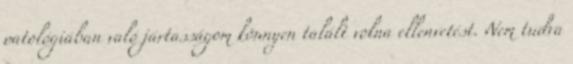
patológiában való jártasságom könnyen talált volna ellenvetést. Nem tudva